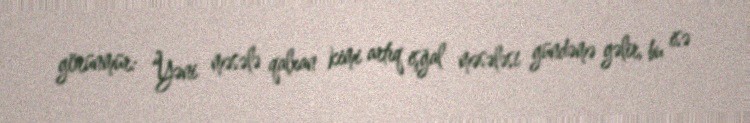
görünmür: “Yəni məsələ qalxan kimi artıq işğal məsələsi gündəmə gəlir, bu isə